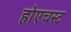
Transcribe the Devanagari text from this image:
होएचस्ट